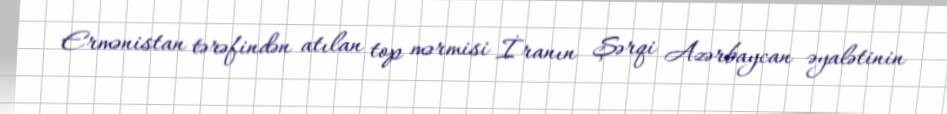
Ermənistan tərəfindən atılan top mərmisi İranın Şərqi Azərbaycan əyalətinin